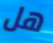
هل